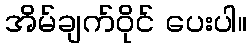
အိမ်ချက်ဝိုင် ပေးပါ။